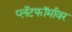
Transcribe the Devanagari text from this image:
प्लॅटफॉर्मांवर